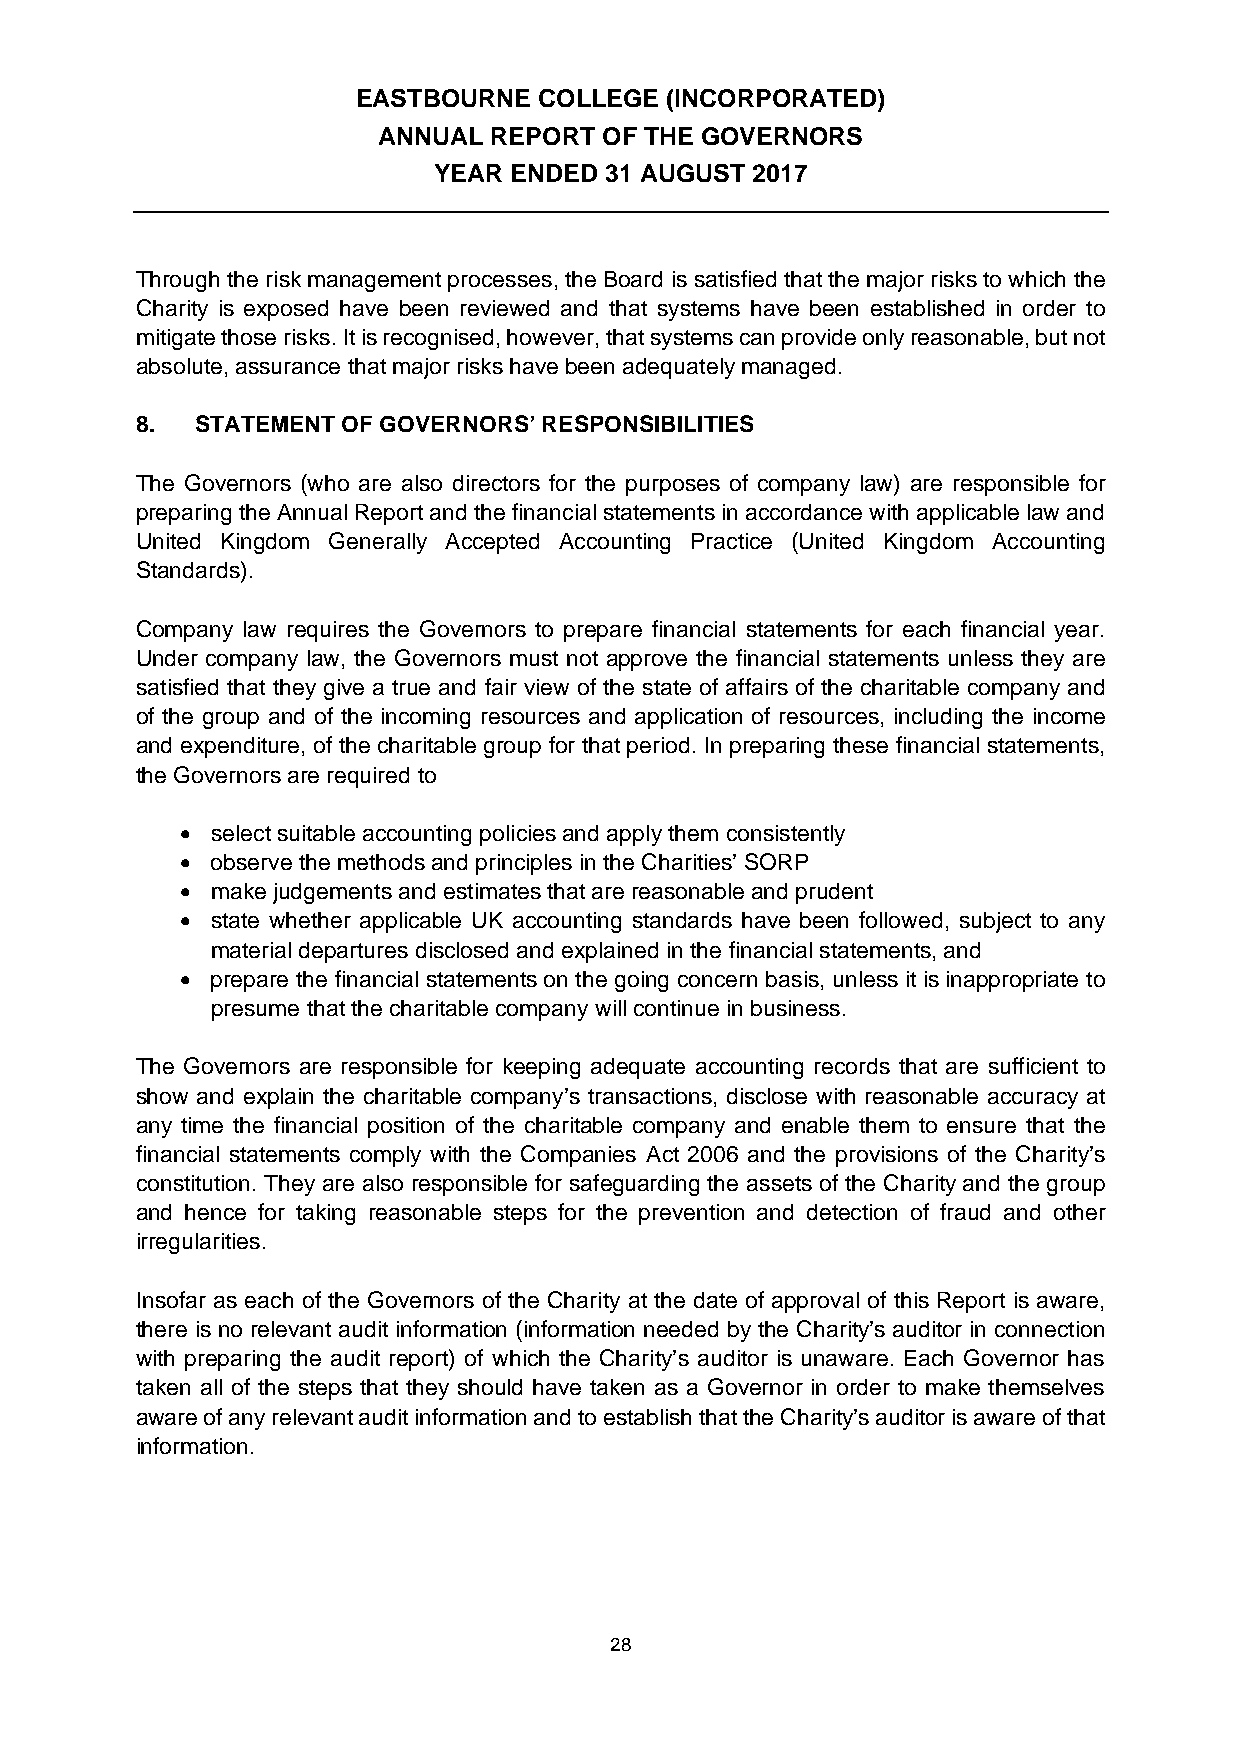
EASTBOURNE  COLLEGE (INCORPORATED)
 ANNUAL REPORT  OF THE GOVERNORS
 YEAR ENDED 31 AUGUST 2017
 Through the risk management processes, the Board is satisfied that the major risks to which the
 Charity is exposed have been reviewed and that systems have been established in order to
 mitigate those risks. It is recognised, however, that systems can provide only reasonable, but not
 absolute, assurance that major risks have been adequately managed.
 8.  STATEMENT OF GOVERNORS’ RESPONSIBILITIES
 The Governors (who are also directors for the purposes of company law) are responsible for
 preparing the Annual Report and the financial statements in accordance with applicable law and
 United Kingdom Generally Accepted Accounting Practice (United Kingdom Accounting
 Standards).
 Company law requires the Governors to prepare financial statements for each financial year.
 Under company law, the Governors must not approve the financial statements unless they are
 satisfied that they give a true and fair view of the state of affairs of the charitable company and
 of the group and of the incoming resources and application of resources, including the income
 and expenditure, of the charitable group for that period. In preparing these financial statements,
 the Governors are required to
  select suitable accounting policies and apply them consistently
  observe the methods and principles in the Charities’ SORP
  make judgements and estimates that are reasonable and prudent
  state whether applicable UK accounting standards have been followed, subject to any
 material departures disclosed and explained in the financial statements, and
  prepare the financial statements on the going concern basis, unless it is inappropriate to
 presume that the charitable company will continue in business.
 The Governors are responsible for keeping adequate accounting records that are sufficient to
 show and explain the charitable company’s transactions, disclose with reasonable accuracy at
 any time the financial position of the charitable company and enable them to ensure that the
 financial statements comply with the Companies Act 2006 and the provisions of the Charity’s
 constitution. They are also responsible for safeguarding the assets of the Charity and the group
 and hence for taking reasonable steps for the prevention and detection of fraud and other
 irregularities.
 Insofar as each of the Governors of the Charity at the date of approval of this Report is aware,
 there is no relevant audit information (information needed by the Charity’s auditor in connection
 with preparing the audit report) of which the Charity’s auditor is unaware. Each Governor has
 taken all of the steps that they should have taken as a Governor in order to make themselves
 aware of any relevant audit information and to establish that the Charity’s auditor is aware of that
 information.
 28